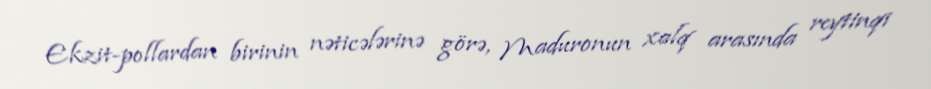
Ekzit-pollardan birinin nəticələrinə görə, Maduronun xalq arasında reytinqi